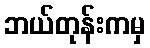
ဘယ်တုန်းကမှ